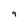
Character: 9